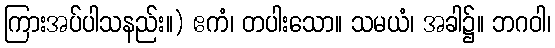
ကြားအပ်ပါသနည်း။) ဧကံ၊ တပါးသော။ သမယံ၊ အခါ၌။ ဘဂဝါ၊